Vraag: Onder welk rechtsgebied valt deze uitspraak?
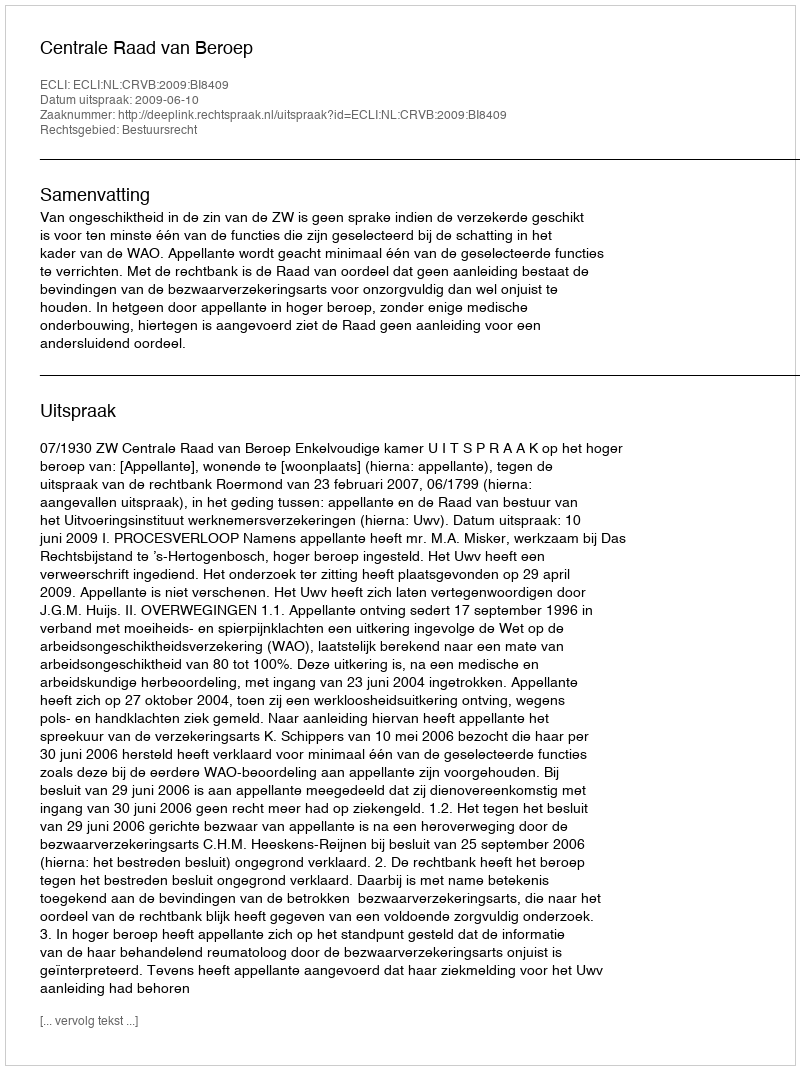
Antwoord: Bestuursrecht